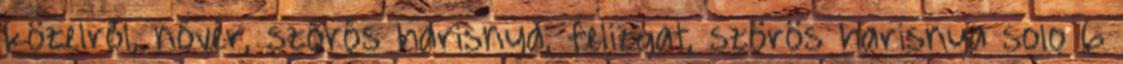
közelről, nővér, szőrős harisnya, felizgat, szörös harisnya solo 6